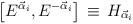
LaTeX: \begin{align*}\left[ E^{{\vec \alpha }_i}, E^{-{\vec \alpha }_i} \right] \, \equiv\, H_{\vec \alpha_i}\end{align*}